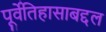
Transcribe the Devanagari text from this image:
पूर्वेतिहासाबद्दल